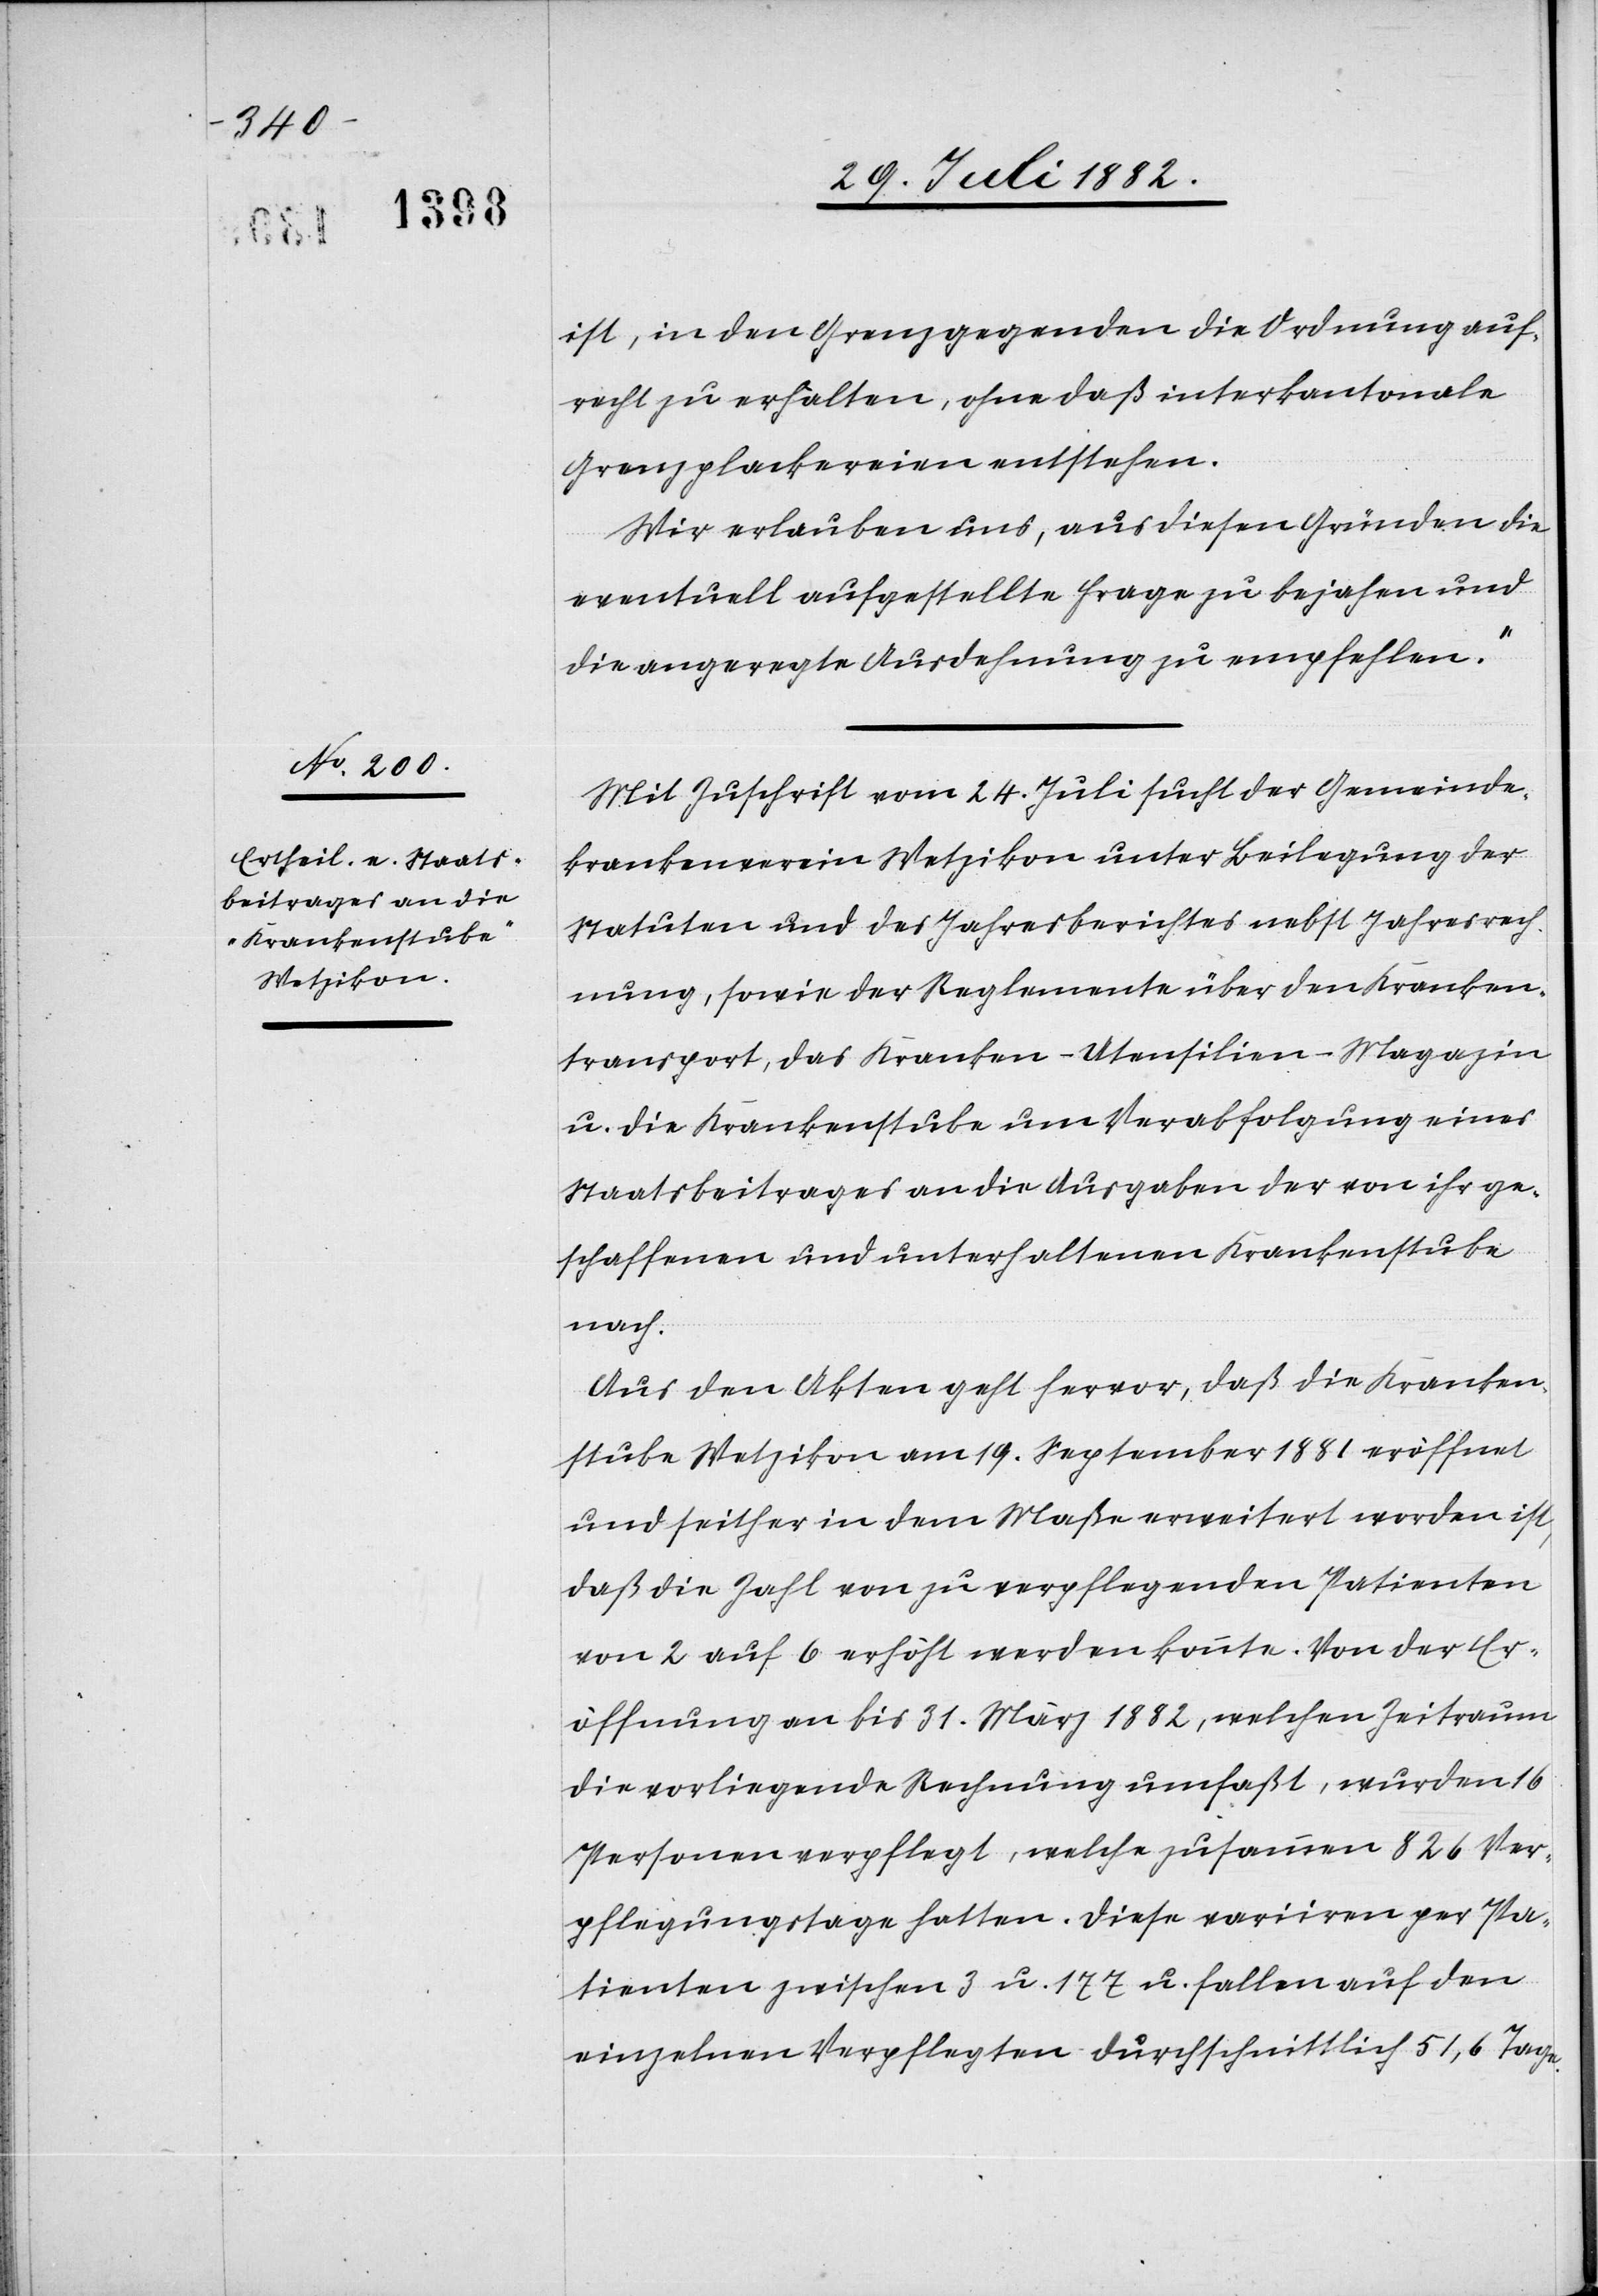
ist, in den Grenzgegenden die Ordnung auf¬
recht zu erhalten, ohne daß interkantonale
Grenzplackereien entstehen.
Wir erlauben uns, aus diesen Gründen die
eventuell aufgestellte Frage zu bejahen und
die angeregte Ausdehnung zu empfehlen.“
Mit Zuschrift vom 24. Juli sucht der Gemeinde¬
krankenverein Wetzikon unter Beilegung der
Stauten und des Jahresberichtes nebst Jahresrech¬
nung, sowie der Reglemente über den Kranken¬
transport, das Kranken-Utensilien-Magazin
u. die Krankenstube um Verabfolgung eines
Staatsbeitrages an die Ausgaben der von ihr ge¬
schaffenen und unterhaltenen Krankenstube
nach.
Aus den Akten geht hervor, daß die Kranken¬
stube Wetzikon am 19. September 1881 eröffnet
und seither in dem Maße erweitert worden ist,
daß die Zahl von zu verpflegenden Patienten
von 2 auf 6 erhöht werden konnte. Von der Er¬
öffnung an bis 31. März 1882, welchen Zeitraum
die vorliegende Rechnung umfaßt, wurden 16
Personen verpflegt, welche zusammen 826 Ver¬
pflegungstage hatten. Diese variire per Pa¬
tienten zwischen 3 u. 177 u. fallen auf den
einzelnen Verpflegten durchschnittlich 51,6 Tage.